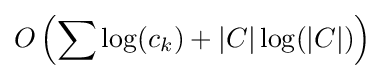
O\left(\sum \log(c_{k})+|C|\log(|C|)\right)